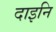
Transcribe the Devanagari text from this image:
दाइनि